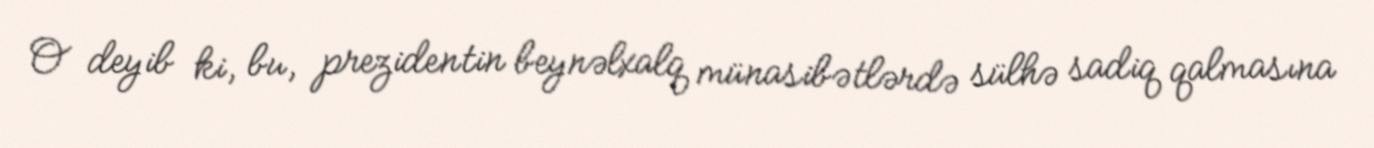
O deyib ki, bu, prezidentin beynəlxalq münasibətlərdə sülhə sadiq qalmasına